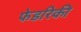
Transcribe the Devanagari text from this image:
फेडरिकी